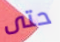
حتى